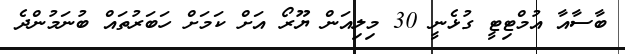
ބާސާއާ އުމްޓިޓީ ގުޅެނީ 30 މިލިއަން ޔޫރޯ އަށް ކަމަށް ހަބަރުތައް ބުނަމުންދެ